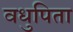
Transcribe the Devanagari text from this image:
वधुपिता